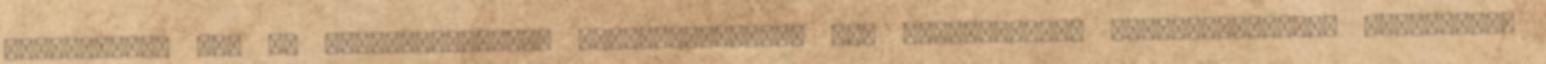
öltözködés, haj és arcszőrviselet, beszédmód,kivel mit beszélhetsz, keresztelkedési szabályok,